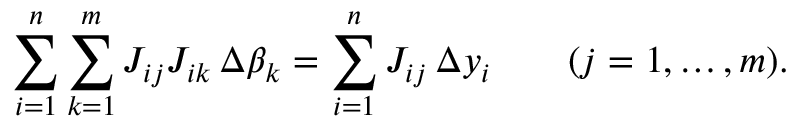
\sum _ { i = 1 } ^ { n } \sum _ { k = 1 } ^ { m } J _ { i j } J _ { i k } \, \Delta \beta _ { k } = \sum _ { i = 1 } ^ { n } J _ { i j } \, \Delta y _ { i } \qquad ( j = 1 , \ldots , m ) .